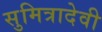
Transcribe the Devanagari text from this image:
सुमित्रादेवी